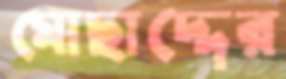
মোছাদ্দের